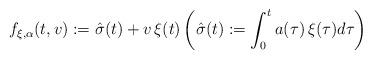
LaTeX: \begin{align*} f_{\xi,\alpha}(t,v) := \hat{\sigma}(t) + v\, \xi(t) \left( \hat{\sigma}(t):=\int_0^t a(\tau)\,\xi(\tau) d\tau \right)\end{align*}